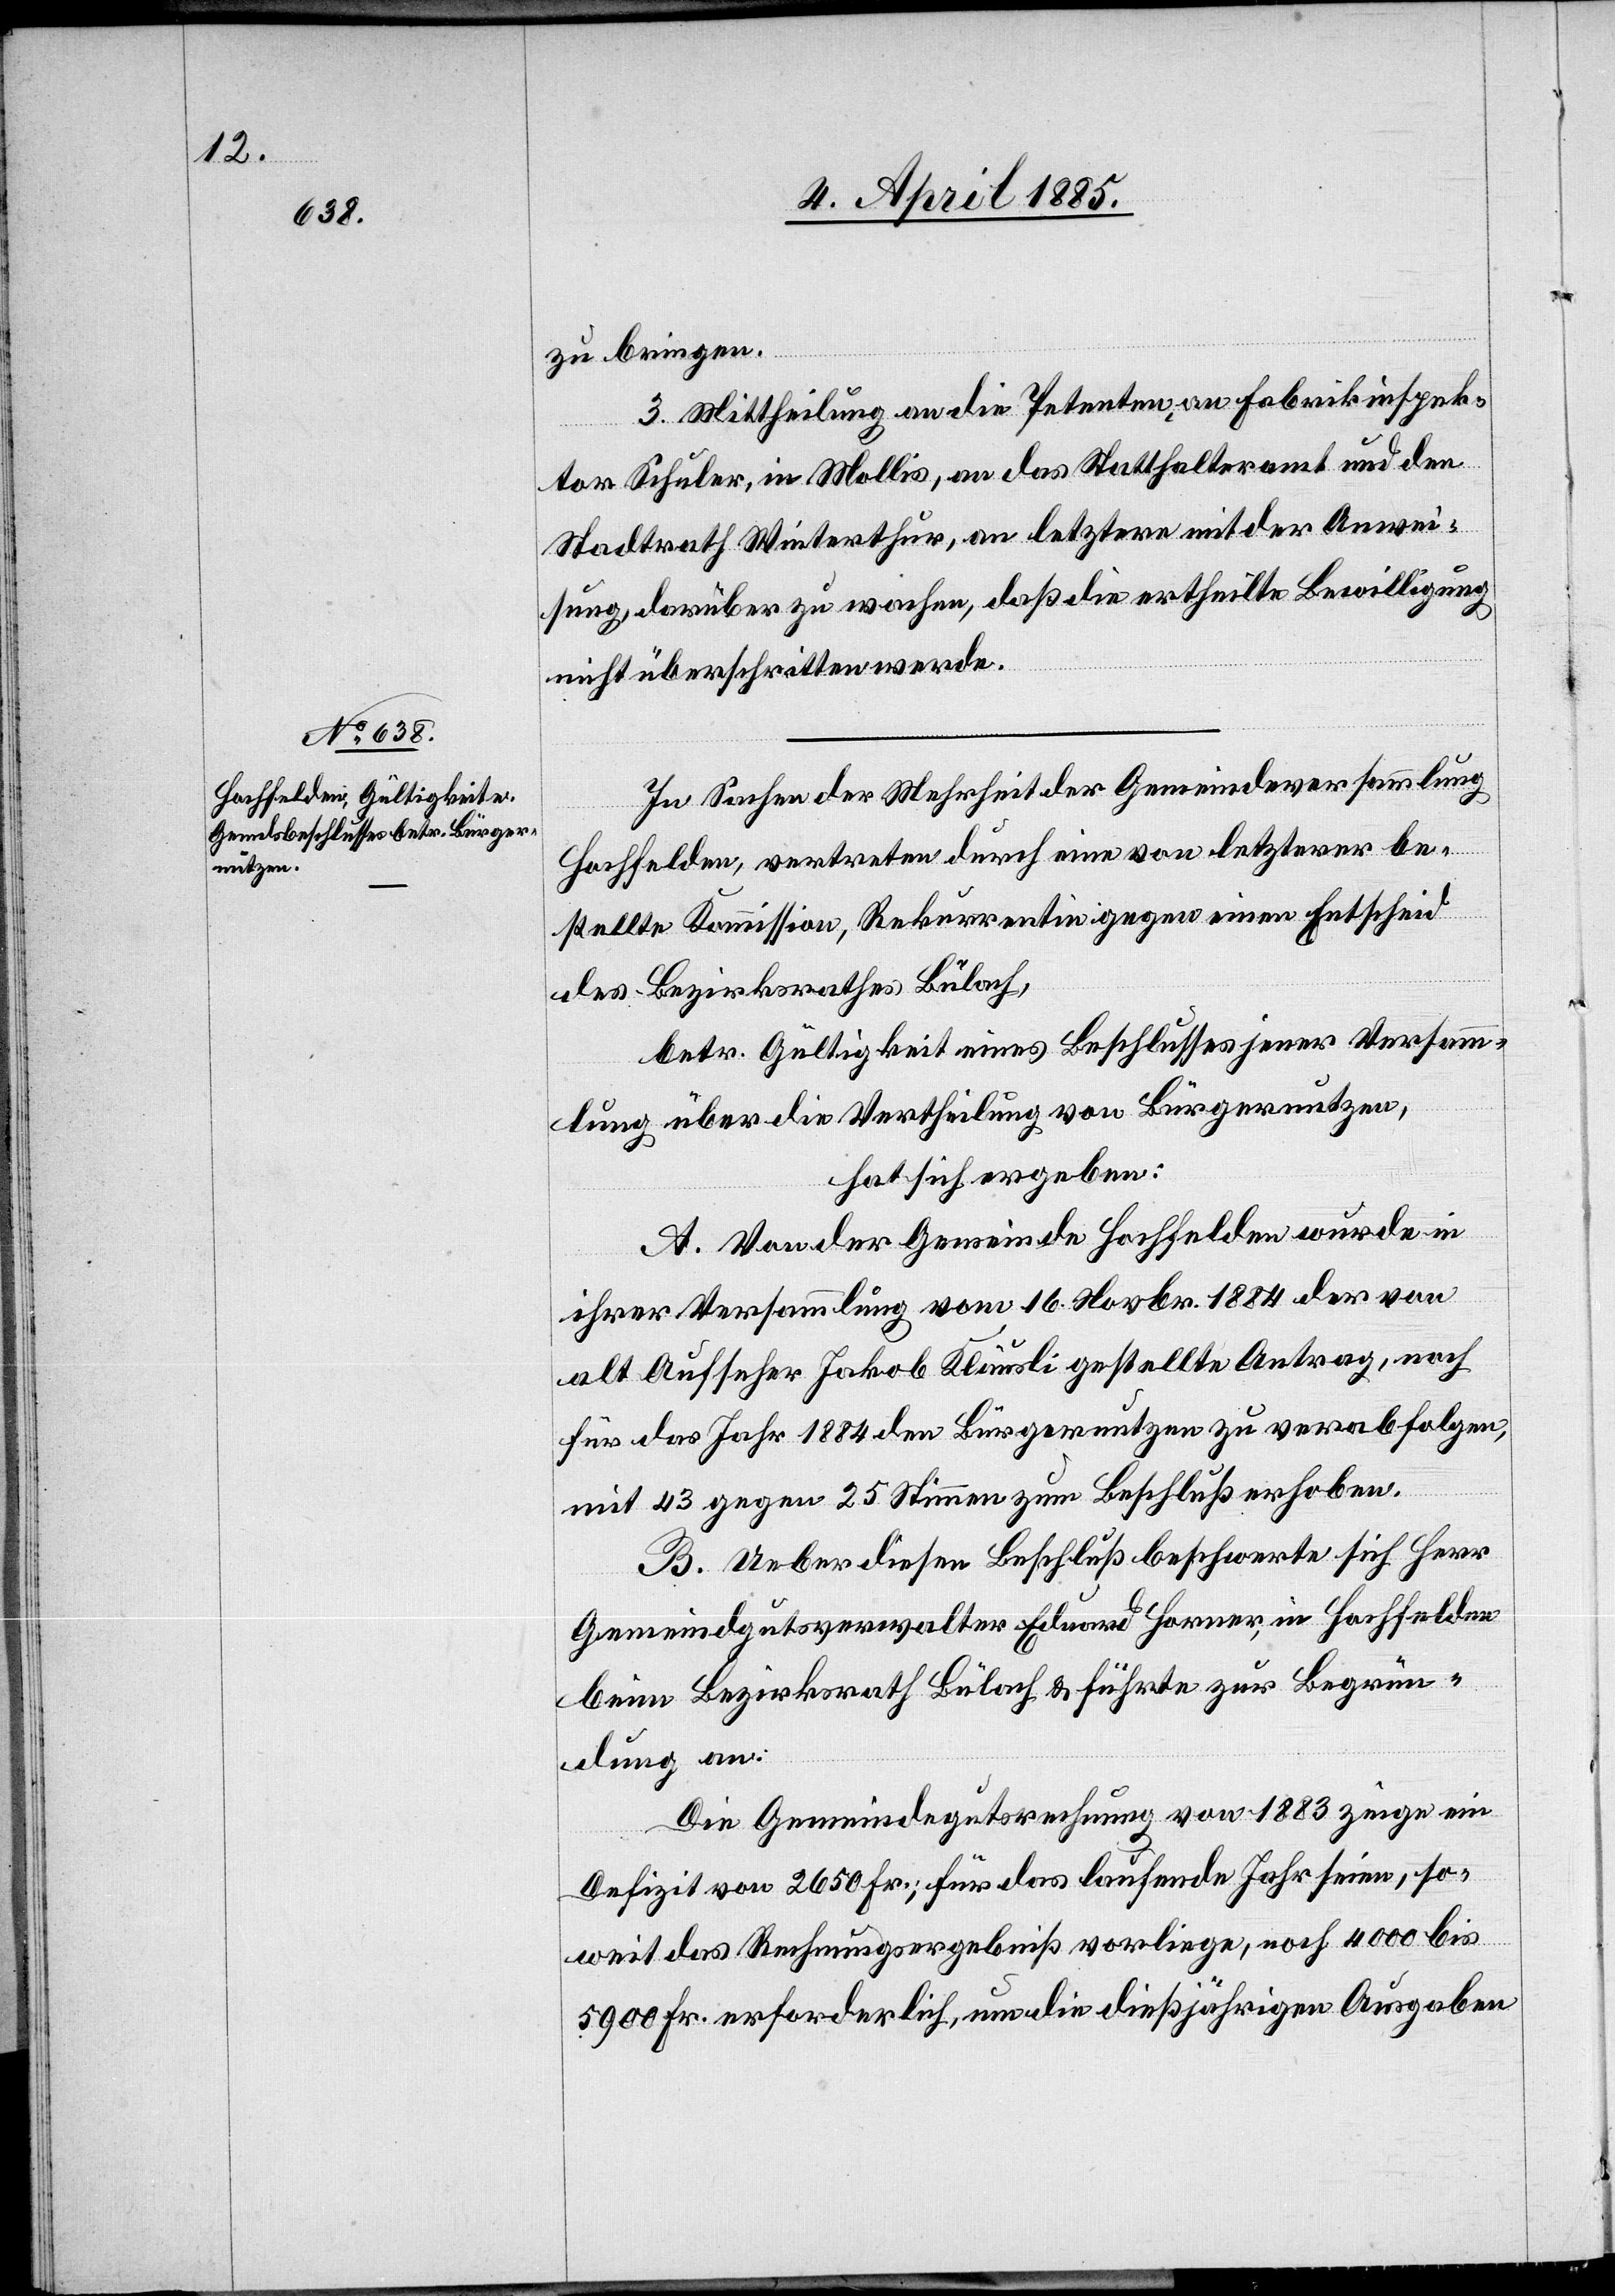
zu bringen.
3. Mittheilung an die Petenten, an Fabrikinspek¬
tor Schuler, in Mollis, an das Statthalteramt und den
Stadtrath Winterthur, an letztern mit der Anwei¬
sung, darüber zu wachen, daß die ertheilte Bewilligung
nicht überschritten werde.
In Sachen der Mehrheit der Gemeindeversammlung
Hochfelden, vertreten durch eine von letzterer be¬
stellte[n] Kommission, Rekurrentin gegen einen Entscheid
des Bezirksrathes Bülach,
betr. Gültigkeit eines Beschlusses jener Versamm¬
lung über die Vertheilung von Bürgernutzen,
hat sich ergeben:
A. Von der Gemeinde Hochfelden wurde in
ihrer Versammlung vom 16. Novbr. 1884 der von
alt Aufseher Jakob Kläusli gestellte Antrag, noch
für das Jahr 1884 den Bürgernutzen zu verabfolgen,
mit 43 gegen 25 Stimmen zum Beschluß erhoben.
B. Ueber diesen Beschluß beschwerte sich Herr
Gemeindgutsverwalter Eduard Horner, in Hochfelden
beim Bezirksrath Bülach & führte zur Begrün¬
dung an:
Die Gemeindegutsrechnung von 1883 zeige ein
Defizit von 2650 Fr.; für das laufende Jahr seien, so¬
weit das Rechnungsergebniß vorliege, noch 4000 bis
5900 Fr. erforderlich, um die dießjährigen Ausgaben